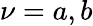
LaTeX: \nu=a,b